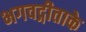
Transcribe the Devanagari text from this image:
भगवद्गीताके